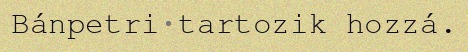
Bánpetri tartozik hozzá.